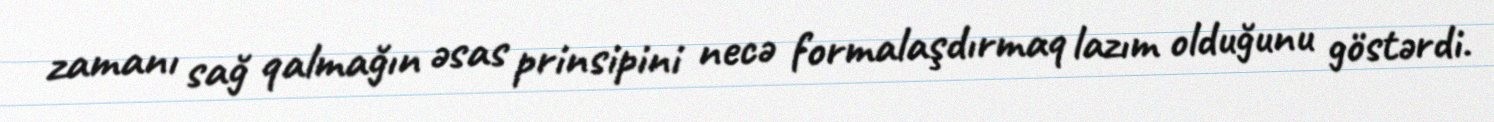
zamanı sağ qalmağın əsas prinsipini necə formalaşdırmaq lazım olduğunu göstərdi.